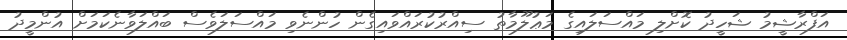
އަފްރާޝީމު ޝަހީދު ކޮށްލި މައްސަލައިގެ މަޢުލޫމާތު ސިއްރުކުރައްވައިގެން ހުންނެވި މައްސަލަވެސް ބައްލަވާނެކަމަށް އުންމީދު